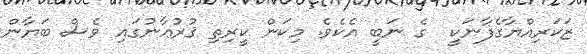
ޒަކަރިއްޔާގެފާނަކީ  ގެ ނަބީ އެކެވެ. މިކަން ކީރިތި ޤުރުޢާނުގައި ވެސް ބަޔާން